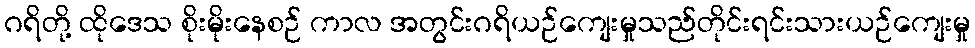
ဂရိတို့ ထိုဒေသ စိုးမိုးနေစဉ် ကာလ အတွင်းဂရိယဉ်ကျေးမှုသည်တိုင်းရင်းသားယဉ်ကျေးမှု